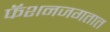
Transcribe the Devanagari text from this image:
फॅशनजगतात